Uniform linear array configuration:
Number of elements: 32
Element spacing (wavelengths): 1
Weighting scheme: binomial
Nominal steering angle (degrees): -45
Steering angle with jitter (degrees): -46.356
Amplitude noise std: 0.05
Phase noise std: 0.05

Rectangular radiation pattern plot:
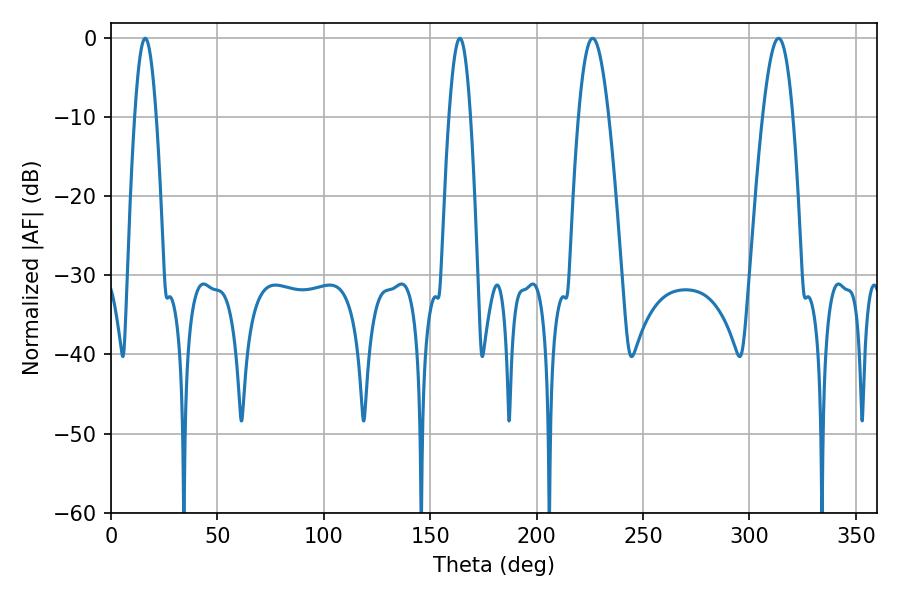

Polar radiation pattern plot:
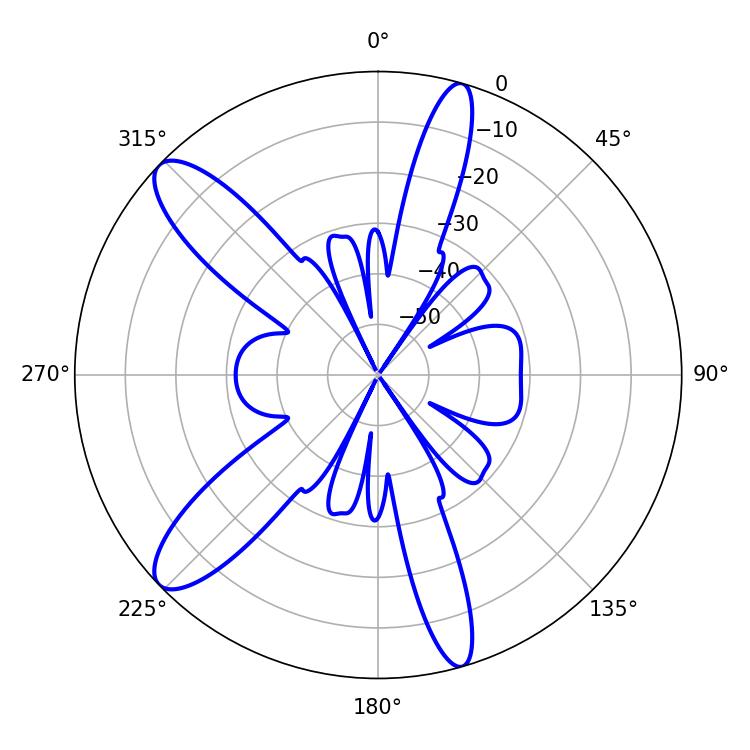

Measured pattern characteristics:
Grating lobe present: TRUE
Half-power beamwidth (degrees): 7.56
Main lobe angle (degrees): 226.26